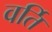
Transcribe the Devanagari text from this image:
वर्ति